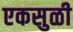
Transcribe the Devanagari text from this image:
एकसुळी